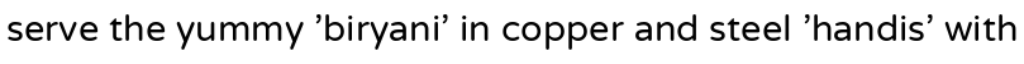
serve the yummy 'biryani' in copper and steel 'handis' with